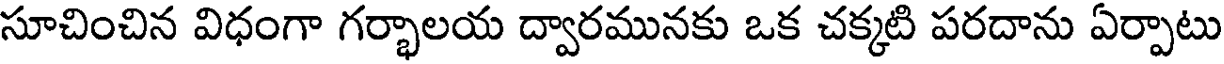
సూచించిన విధంగా గర్భాలయ ద్వారమునకు ఒక చక్కటి పరదాను ఏర్పాటు